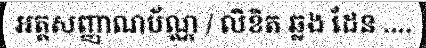
អត្តសញ្ញាណប័ណ្ណ / លិខិត ឆ្លង ដែន ....